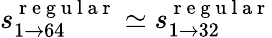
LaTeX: s_{1\rightarrow 64}^{\mathrm{~r~e~g~u~l~a~r~}}\simeq s_{1\rightarrow 32}^{\mathrm{~r~e~g~u~l~a~r~}}